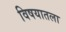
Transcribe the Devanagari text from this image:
विषयातला